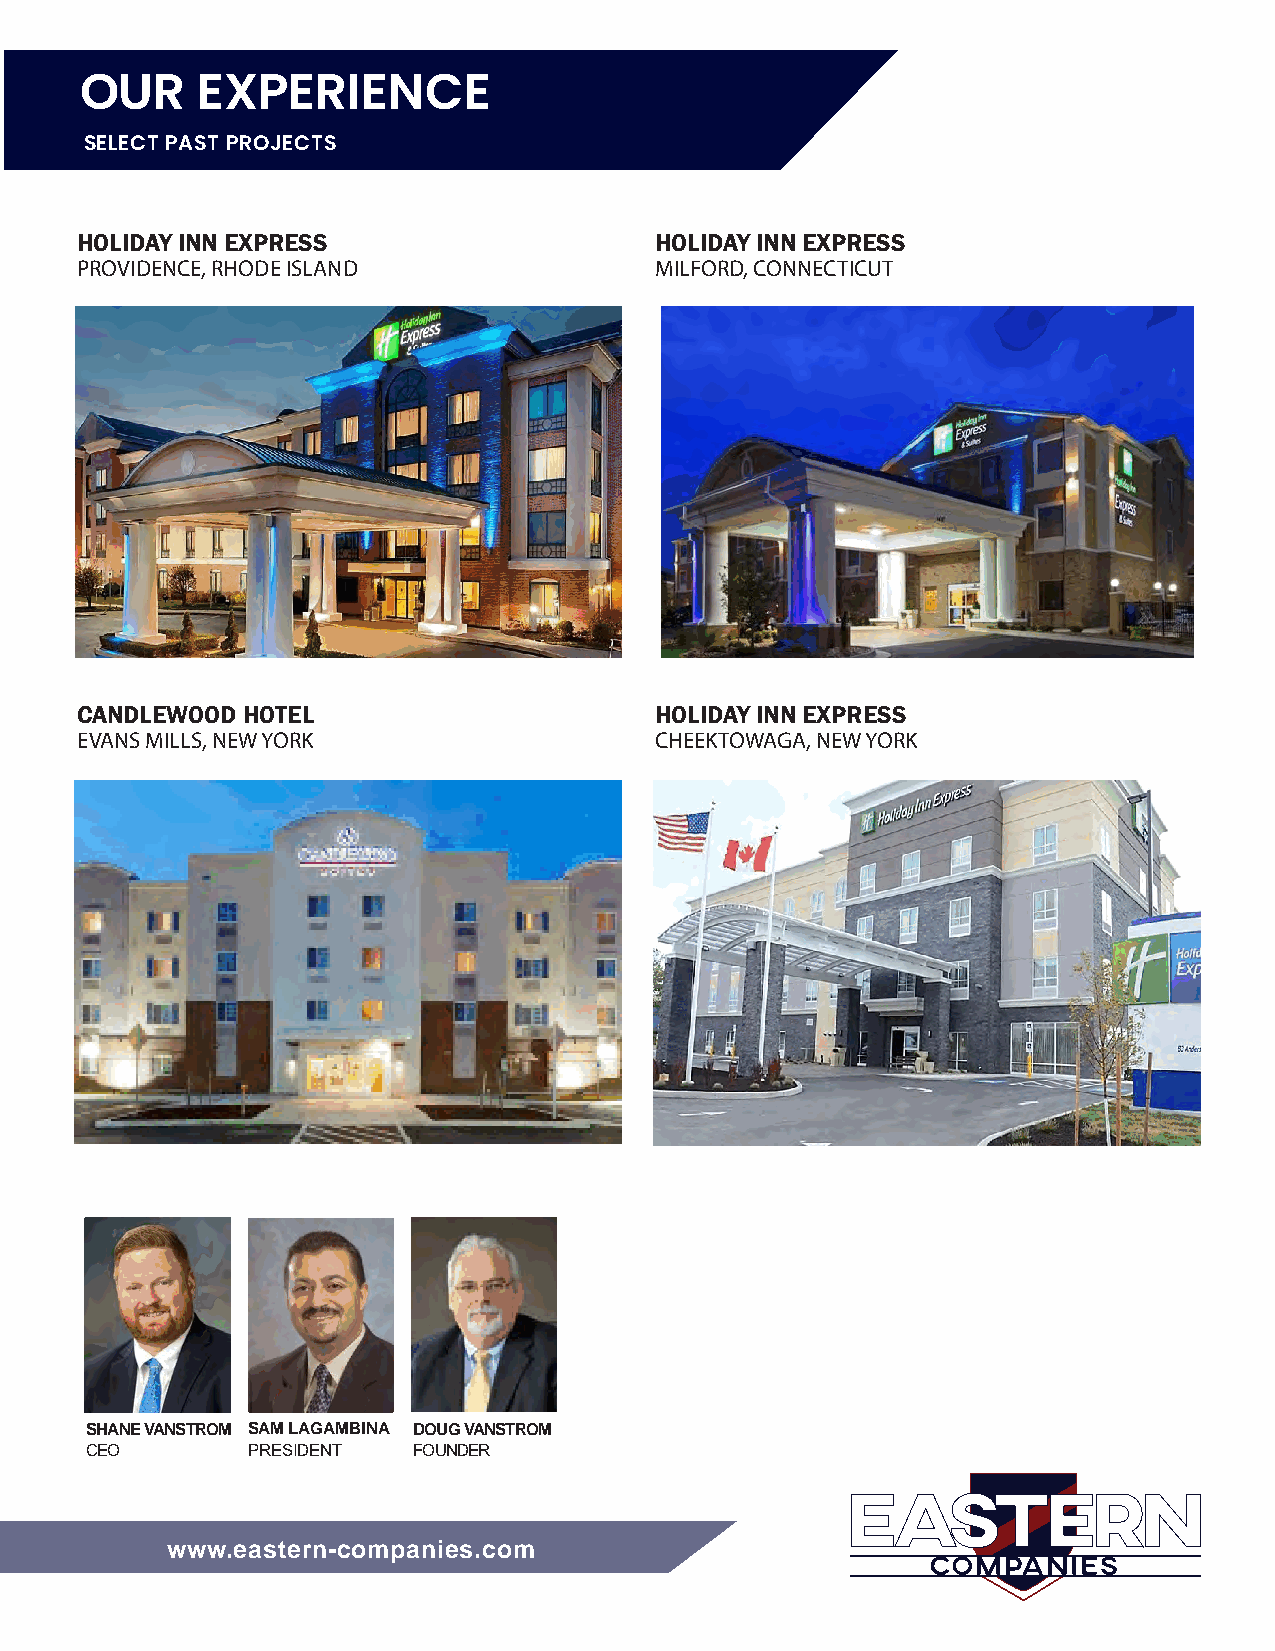
OUR     EXPERIENCE
 SELECT PAST PROJECTS
 HOLIDAY INN EXPRESS                   HOLIDAY INN EXPRESS
 PROVIDENCE, RHODE ISLAND              MILFORD, CONNECTICUT
 CANDLEWOOD HOTEL                      HOLIDAY INN EXPRESS
 EVANS MILLS, NEW YORK                 CHEEKTOWAGA, NEW YORK
 SHANE VANSTROM SAM LAGAMBINA DOUG VANSTROM
 CEO       PRESIDENT  FOUNDER
 wwwwww..eeaasstteerrnn--ccoommppaanniieess..ccoomm
 EEAASSTTEERRNN
 CCOOMMPPAANNIIEESS